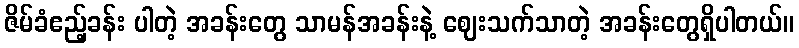
ဇိမ်ခံဧည့်ခန်း ပါတဲ့ အခန်းတွေ သာမန်အခန်းနဲ့ ဈေးသက်သာတဲ့ အခန်းတွေရှိပါတယ်။